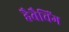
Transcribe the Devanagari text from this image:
हैबैचिंग